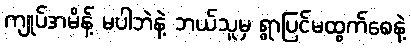
ကျုပ်အမိန့် မပါဘဲနဲ့ ဘယ်သူမှ ရွာပြင်မထွက်စေနဲ့